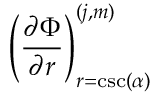
\left( \frac { \partial \Phi } { \partial r } \right) _ { r = \csc ( \alpha ) } ^ { ( j , m ) }